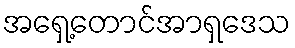
အရှေ့တောင်အာရှဒေသ